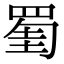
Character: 𦋅